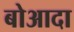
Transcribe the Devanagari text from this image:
बोआदा